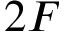
2 F